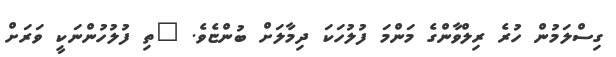
ގިސްލަމުން ހުރެ ރިލްވާންގެ މަންމަ ފުލުހަކަ ދިމާލަށް ބުންޏެވެ. "ތި ފުލުހުންނަކީ ވަރަށް